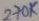
Text: 270K